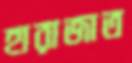
হারাজাত